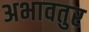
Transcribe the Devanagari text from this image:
अभावतुर